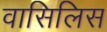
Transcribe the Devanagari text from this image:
वासिलिस